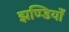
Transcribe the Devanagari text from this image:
झण्डियाँ